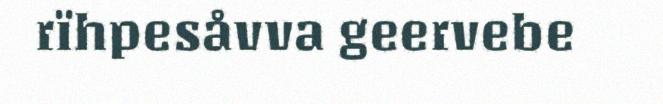
rïhpesåvva geervebe